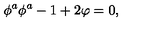
\phi ^ { a } \phi ^ { a } - 1 + 2 \varphi = 0 ,